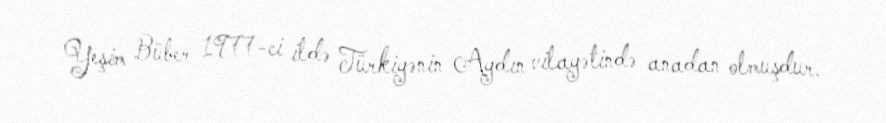
Yeşim Büber 1977-ci ildə Türkiyənin Aydın vilayətində anadan olmuşdur.